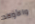
والأولاد